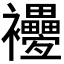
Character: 𧟕